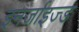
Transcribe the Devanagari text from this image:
इनर्जाइज्ड